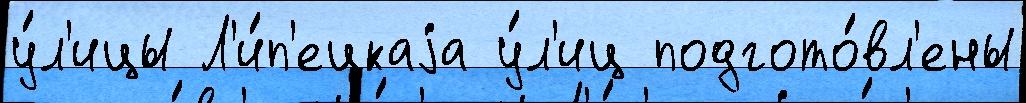
у́л'ицы Л'и́п'ецкаjа у́л'иц подгото́вл'ены